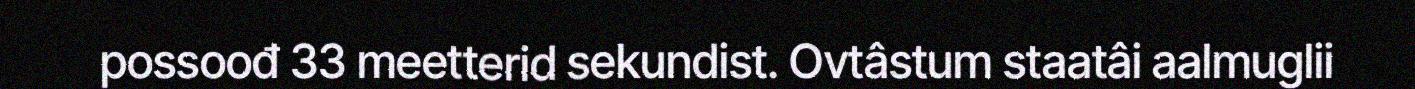
possoođ 33 meetterid sekundist. Ovtâstum staatâi aalmuglii